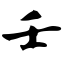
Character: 壬